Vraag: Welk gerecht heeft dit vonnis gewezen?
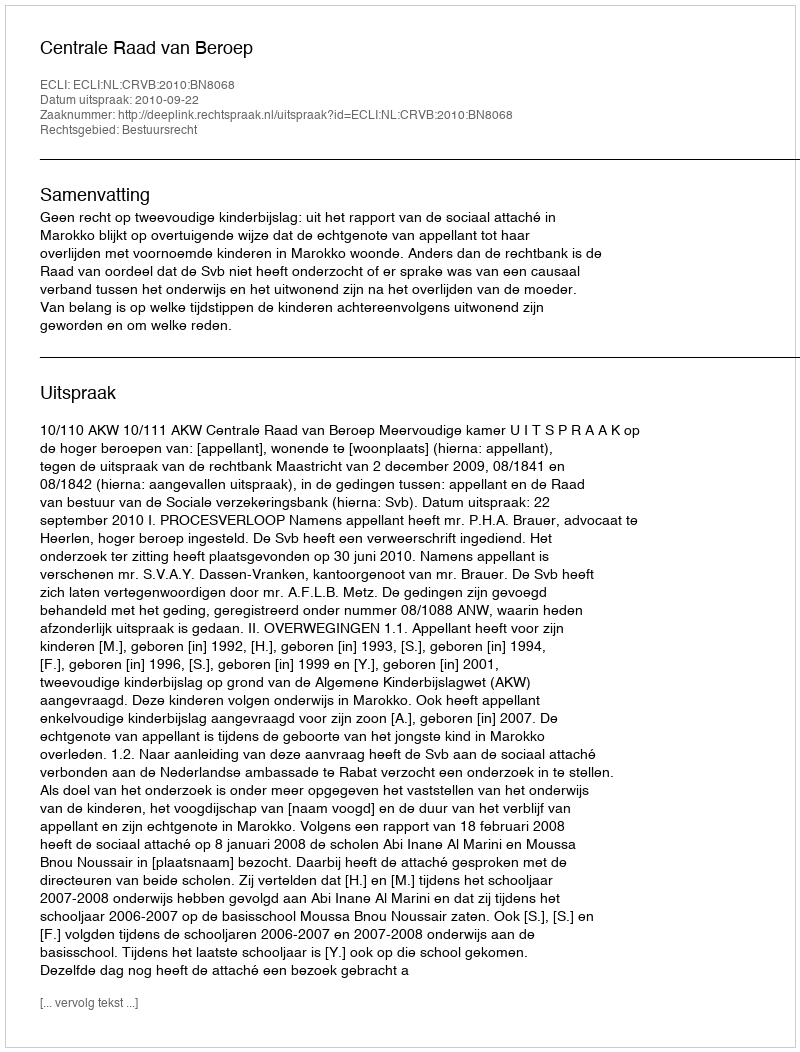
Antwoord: Centrale Raad van Beroep